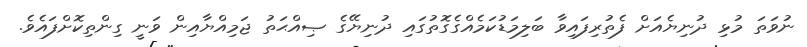
ނުވަތަ މުޅި ދުނިޔެއަށް ފެތުރިފައިވާ ބަލިމަޑުކަމެއްގެގޮތުގައި ދުނިޔޭގެ ޞިއްޙަތު ޖަމިއްޔާއިން ވަނީ ގިންތިކޮށްފައެވެ.